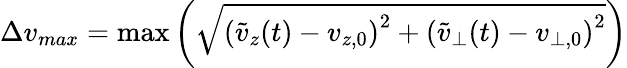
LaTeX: \begin{array}{r}{\Delta v_{max}=\operatorname*{max}\left(\sqrt{\left(\tilde{v}_{z}(t)-v_{z,0}\right)^{2}+\left(\tilde{v}_{\perp}(t)-v_{\perp,0}\right)^{2}}\right)}\end{array}